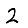
Digit: 2